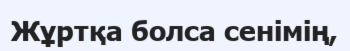
Жұртқа болса сенімің,